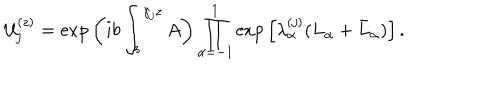
{ \cal U } _ { j } ^ { ( z ) } = \mathrm { e x p } \left( i b \int _ { z } ^ { \gamma _ { j } z } A \right) \prod _ { \alpha = - 1 } ^ { 1 } \mathrm { e x p } \left[ \lambda _ { \alpha } ^ { ( j ) } ( L _ { \alpha } + \bar { L } _ { \alpha } ) \right] .